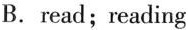
B. read；reading